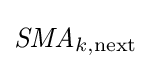
{\textit {SMA}}_{k,{\text{next}}}